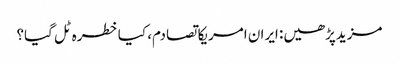
مزیدپڑھیں: ایران امریکا تصادم، کیا خطرہ ٹل گیا؟